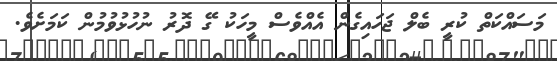
މަސައްކަތް ކުރީ ބެލް ޖަހައިގެން އެއްވެސް މީހަކު ގޭ ދޮރު ނުހުޅުވުމުން ކަމަށެވެ.